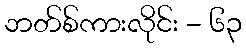
ဘတ်စ်ကားလိုင်း - ၆၃